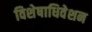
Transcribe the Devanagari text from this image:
विशेषाधिवेशन